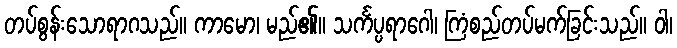
တပ်စွန်းသောရာဂသည်။ ကာမော၊ မည်၏။ သင်္ကပ္ပရာဂေါ၊ ကြံစည်တပ်မက်ခြင်းသည်။ ဝါ၊